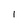
Character: 1